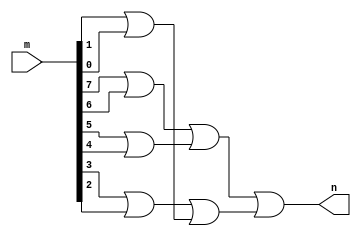
//Extra 02
//Nome: Vitor Angelo Lima
//Matrcula: 451621

module um(output n, input [0:7]m);
	wire a,b,c,d, e, f;
	assign a = m[0] | m[1];
	assign b = m[2] | m[3];
	assign c = m[4] | m[5];
	assign d = m[6] | m[7];
	assign e = a | b;
	assign f = c | d;
	assign n = e | f;
endmodule

module main;
	reg [0:7]r;
	wire p;
	um u1(p, r);
	
	initial begin
		r = 8'b0001_0001;
		#1 $display( "%b = %b", r, p);
	end
endmodule